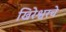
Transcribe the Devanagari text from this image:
खिरेश्वरचे